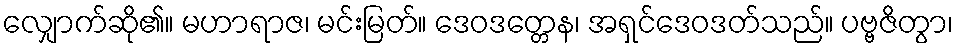
လျှောက်ဆို၏။ မဟာရာဇ၊ မင်းမြတ်။ ဒေဝဒတ္တေန၊ အရှင်ဒေဝဒတ်သည်။ ပဗ္ဗဇိတွာ၊